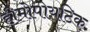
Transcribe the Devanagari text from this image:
हीमोपोयटिक